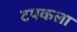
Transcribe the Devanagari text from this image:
टपकला